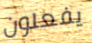
يفعلون